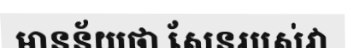
មានន័យថា សែនរបស់វា